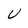
Character: U